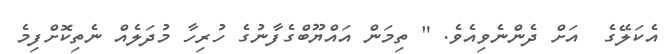
އެކަލޭގެ  އަށް ދެންނެވިއެވެ. " ތިމަން އައްޔޫބްގެފާނުގެ ހުރިހާ މުދަލެއް ނެތިކޮށްފިމެ